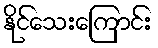
နိုင်သေးကြောင်း